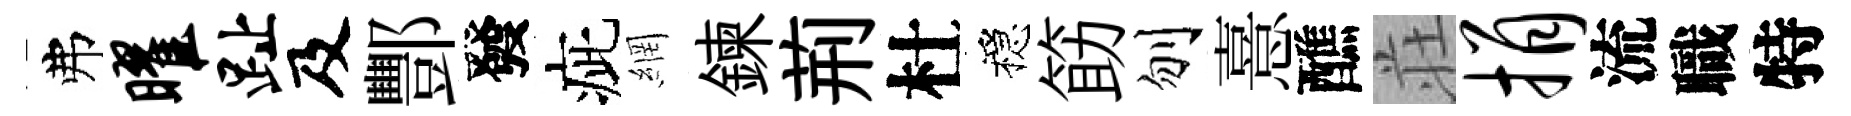
弗曜趾及酆發疵網鍊荊杜穩筯刎憙醮荘捐流職特